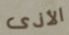
الأذى